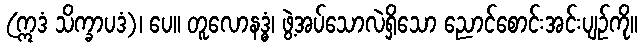
(ဣဒံ သိက္ခာပဒံ)၊ ပေ။ တူလောနဒ္ဓံ၊ ဖွဲ့အပ်သောလဲရှိသော ညောင်စောင်းအင်းပျဉ်ကို။